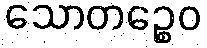
သောတဉ္စေဝ